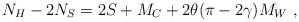
\begin{align*}N_{H}-2N_{S}=2S+M_{C}+2\theta (\pi -2\gamma )M_{W}\, \, ,\end{align*}